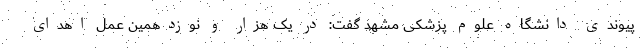
پیوندی دانشگاه علوم پزشکی مشهد گفت: در یک هزار و نوزدهمین عمل اهدای